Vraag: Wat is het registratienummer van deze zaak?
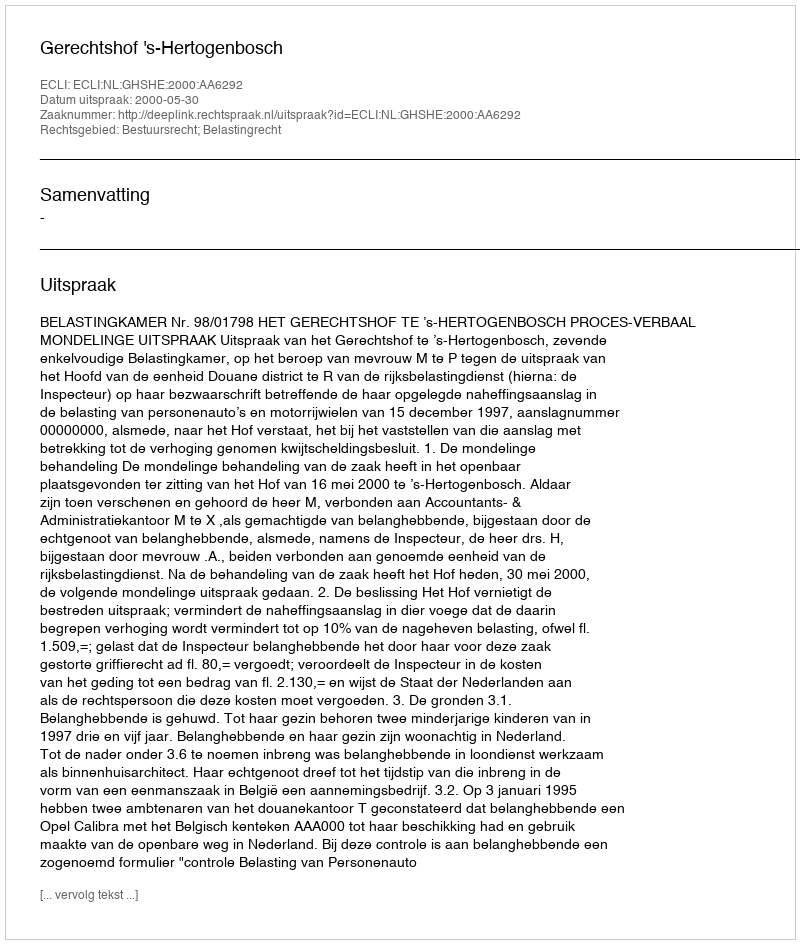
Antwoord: http://deeplink.rechtspraak.nl/uitspraak?id=ECLI:NL:GHSHE:2000:AA6292